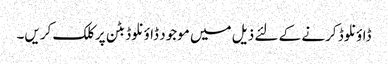
ڈاؤنلوڈ کرنے کے لئے ذیل میں موجود ڈاؤنلوڈ بٹن پر کلک کریں۔